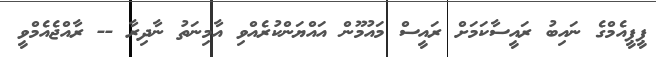
ޕީޕީއެމްގެ ނައިބު ރައީސާކަމަށް ރައީސް މައުމޫން އައްޔަންކުރެއްވި އާމިނަތު ނާދިރާ -- ރާއްޖެއެމްވީ